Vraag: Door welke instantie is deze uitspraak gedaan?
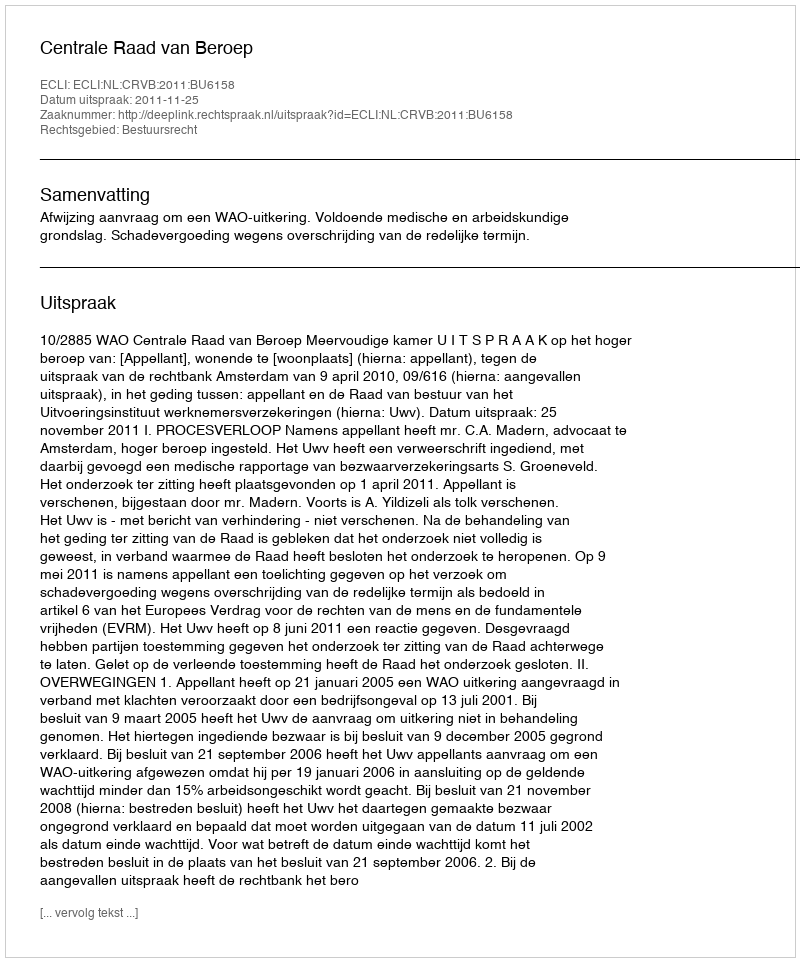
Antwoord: Centrale Raad van Beroep